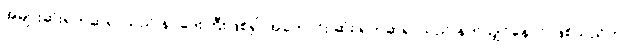
အများဆုံးရတုဆရာသည် နဝဒေးကြီးဖြစ်၍ အကောင်း ဆုံး ရတုဆရာသည် နတ်သျှင်နောင် ဖြစ်သည်ဟု